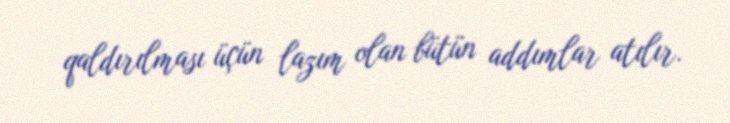
qaldırılması üçün lazım olan bütün addımlar atılır.